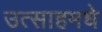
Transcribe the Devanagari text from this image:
उत्साहमधे